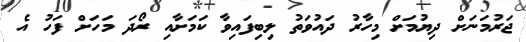
ޖަރުމަނަށް ދިޔުމަށް މިހާރު ދައުވަތު ލިބިފައިވާ ކަމަށާއި ރޯދަ މަހަށް ފަހު އެ